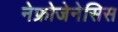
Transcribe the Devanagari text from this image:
नेफ्रोजेनेसिस